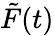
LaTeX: \tilde{F}(t)